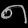
Digit: ၈